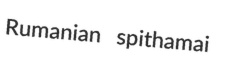
Rumanian spithamai